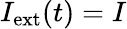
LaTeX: I_{\mathrm{ext}}(t)=I